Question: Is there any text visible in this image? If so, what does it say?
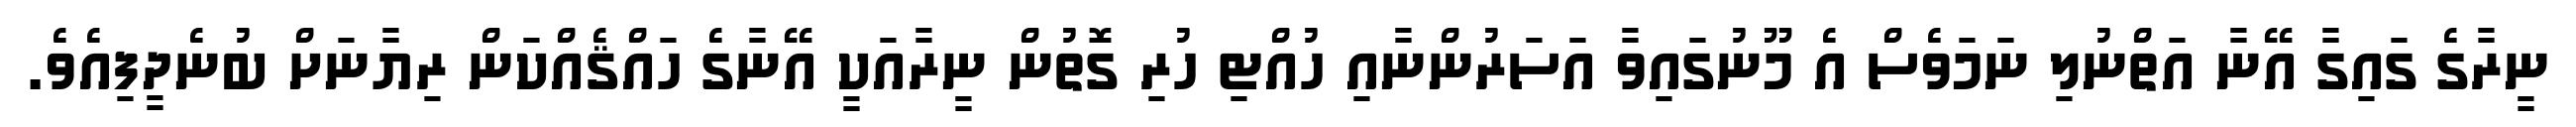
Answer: ނީރާގެ ގައިގާ އޭނާ އަތްނުލި ނަމަވެސް އެ މޫނުގައިވާ އަސަރުންނާއި ހުއްޓި ހުރި ގޮތުން ނީރާއަކީ އޭނާގެ ހައްޤެއްކަން ރިޔާނަށް ބުނެދީފިއެވެ.